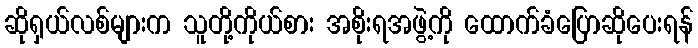
ဆိုရှယ်လစ်များက သူတို့ကိုယ်စား အစိုးရအဖွဲ့ကို ထောက်ခံပြောဆိုပေးရန်